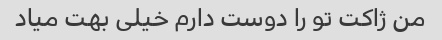
من ژاکت تو را دوست دارم خیلی بهت میاد